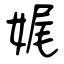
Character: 娓